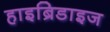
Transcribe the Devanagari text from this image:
हाइब्रिडाइज